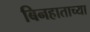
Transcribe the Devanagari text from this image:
बिनहाताच्या